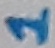
Text: 1